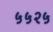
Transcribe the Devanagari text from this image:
५५२५